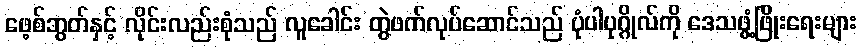
ဖေ့စ်ဘွတ်နှင့် လိုင်းလည်းစုံသည် လူခေါင်း တွဲဖက်လုပ်ဆောင်သည် ပုံပါပုဂ္ဂိုလ်ကို ဒေသဖွံ့ဖြိုးရေးများ